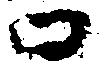
口